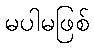
မပါမဖြစ်